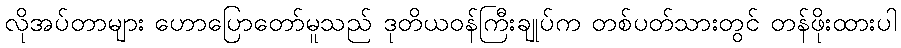
လိုအပ်တာများ ဟောပြောတော်မူသည် ဒုတိယဝန်ကြီးချုပ်က တစ်ပတ်သားတွင် တန်ဖိုးထားပါ